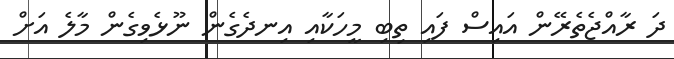
ދަ ރާއްޖެތެރޭން އައިސް ފައި ތިބި މީހަކާއި އިނދެގެން ނޫޅެވިގެން މާލެ އަށް